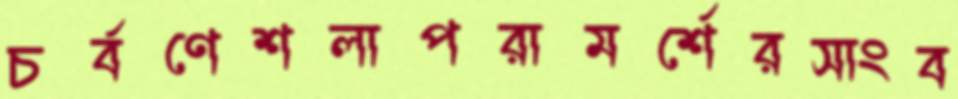
চর্বণেশলাপরামর্শেরসাংব